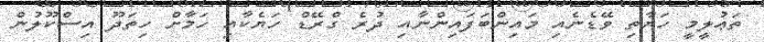
ތަޢުލީމީ ހަޔާތި ވޭޑެނެއި މައިންބަފައިންނާއި ދުރެ ގްރޭޑް ހަޔެކާއި ހަމާށް ހިތަދޫ އިސްކޫލުން